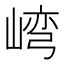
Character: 𱛾